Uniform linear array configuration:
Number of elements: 32
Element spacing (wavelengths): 0.75
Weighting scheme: blackman
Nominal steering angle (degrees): -60
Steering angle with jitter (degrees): -60.851
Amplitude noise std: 0.05
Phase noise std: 0.05

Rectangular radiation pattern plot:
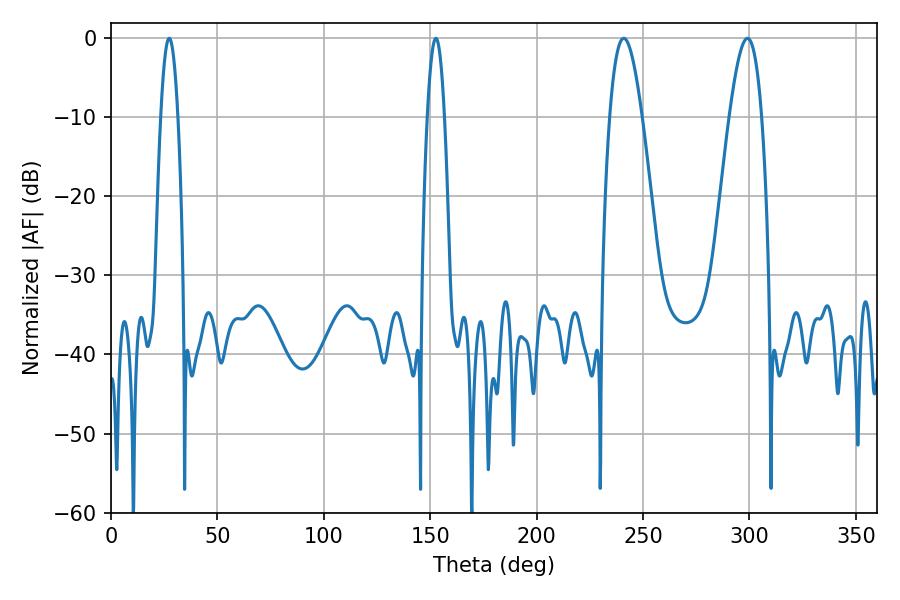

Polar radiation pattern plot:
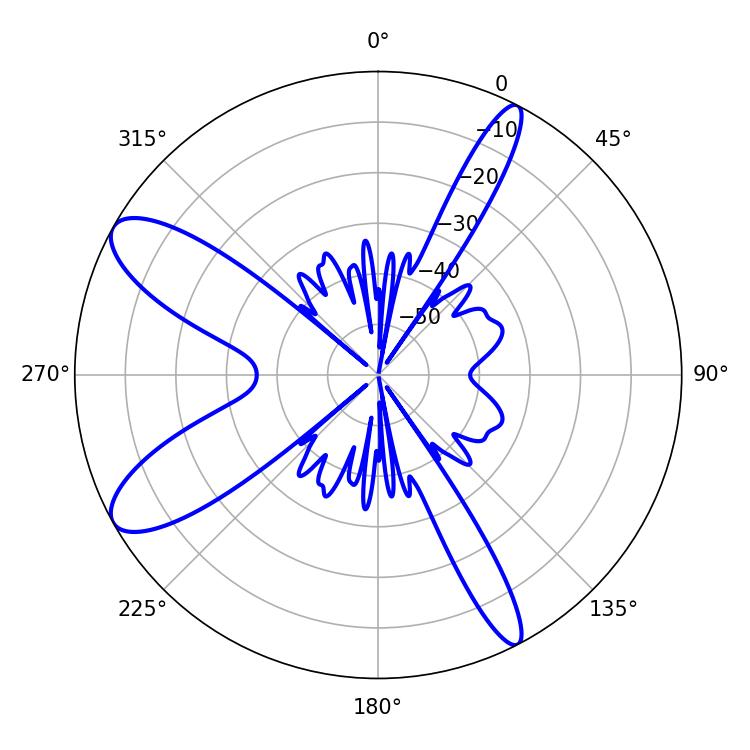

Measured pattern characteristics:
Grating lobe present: TRUE
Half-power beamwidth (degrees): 4.32
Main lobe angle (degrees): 27.36